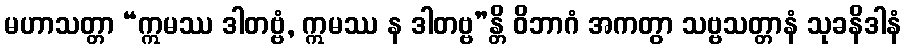
မဟာသတ္တာ “ဣမဿ ဒါတဗ္ဗံ, ဣမဿ န ဒါတဗ္ဗ”န္တိ ဝိဘာဂံ အကတွာ သဗ္ဗသတ္တာနံ သုခနိဒါနံ